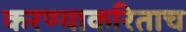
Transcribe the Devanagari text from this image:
करण्याकरिताच